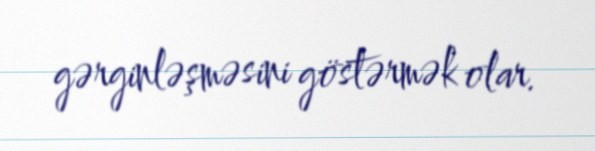
gərginləşməsini göstərmək olar.